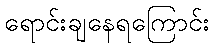
ရောင်းချနေရကြောင်း